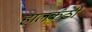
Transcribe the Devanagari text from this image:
हालकंठी